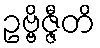
ဥဗ္ဗိဇ္ဇီတိ